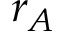
r _ { A }